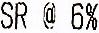
SR @ 6%